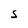
Character: S